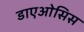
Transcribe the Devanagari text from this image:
डाएओसिस